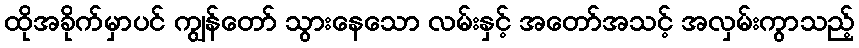
ထိုအခိုက်မှာပင် ကျွန်တော် သွားနေသော လမ်းနှင့် အတော်အသင့် အလှမ်းကွာသည့်